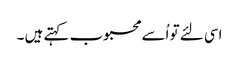
اسی لئے تو اُسے محبوب کہتے ہیں ۔